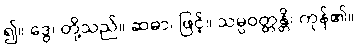
၍။ ဒွေ၊ တို့သည်။ ဆဓာ၊ ဖြင့်။ သမ္ပဝတ္တန္တိ၊ ကုန်၏။